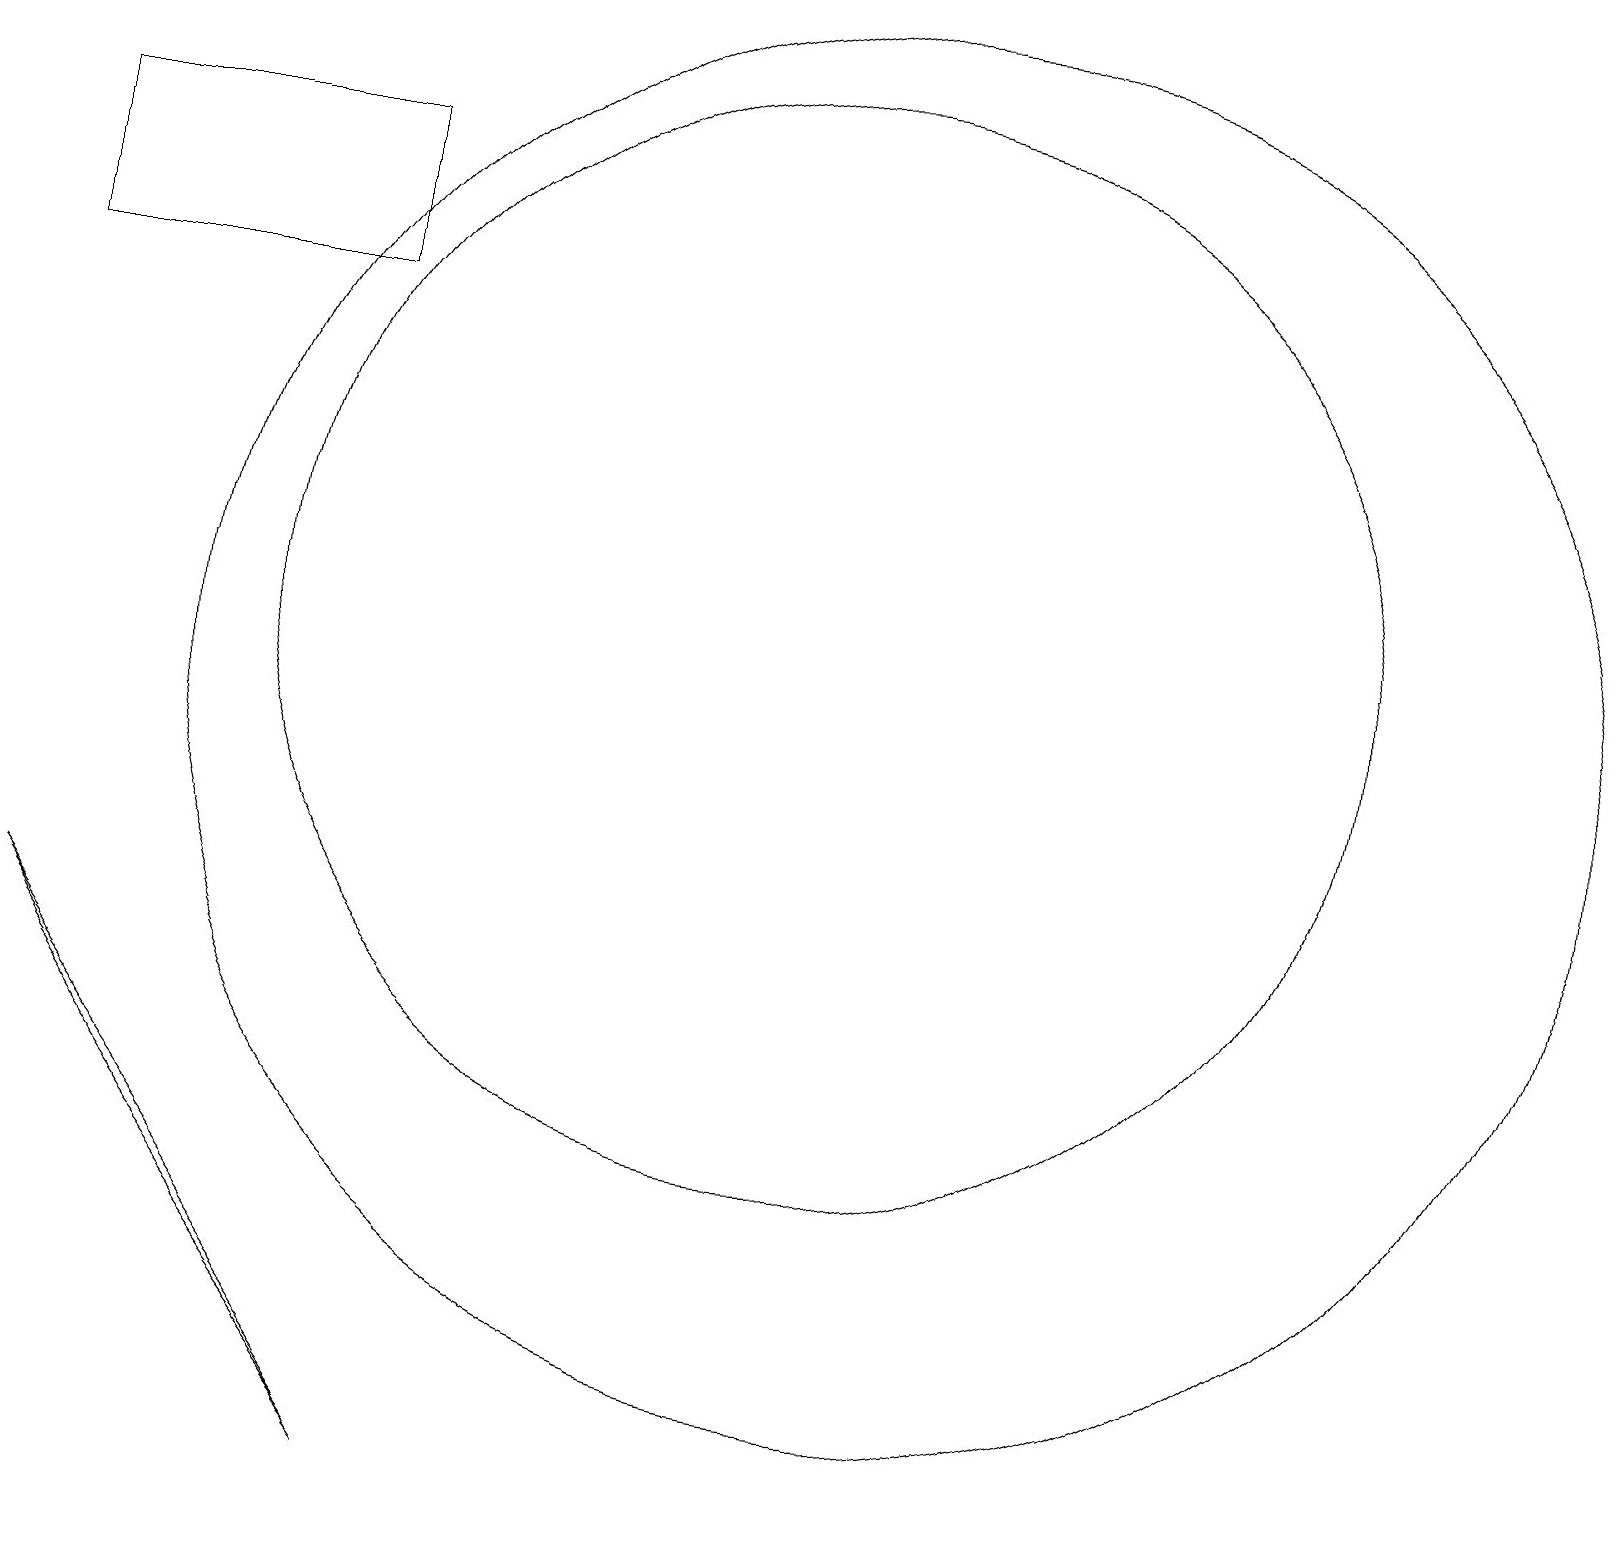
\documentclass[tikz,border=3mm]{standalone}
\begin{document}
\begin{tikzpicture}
\draw (5,1) -- (0,8) -- (2,5) -- cycle;
\draw (4,16) rectangle (0,18);
\draw (10,12) circle (7);
\draw (11,11) circle (9);
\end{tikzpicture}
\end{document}